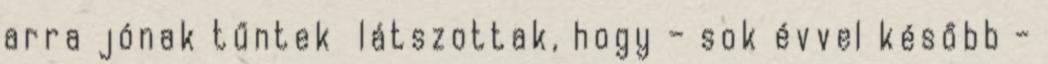
arra jó­nak tűntek látszottak, hogy – sok évvel később -